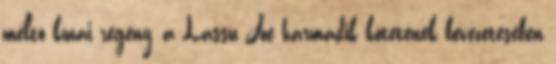
méltó kínai regény, a Lassu Joe harmadik kötetének bevezetésében